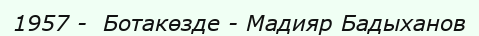
1957 -  Ботакөзде - Мадияр Бадыханов